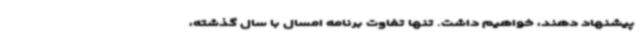
پیشنهاد دهند، خواهیم داشت. تنها تفاوت برنامه امسال با سال گذشته،